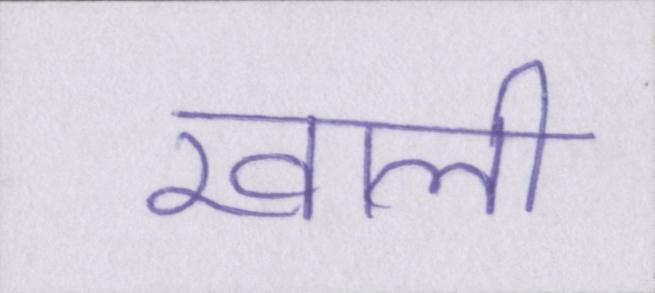
खाली